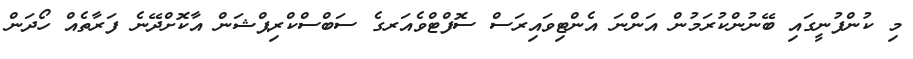
މި ކުންފުނީގައި ބޭނުންކުރަމުން އަންނަ އެންޓިވައިރަސް ސޮފްޓްވެއަރގެ ސަބްސްކްރިޕްޝަން އާކޮށްދޭނެ ފަރާތެއް ހޯދަން